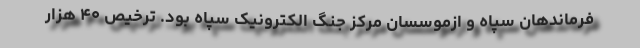
فرماندهان سپاه و ازموسسان مرکز جنگ الکترونیک سپاه بود. ترخیص ۴۰ هزار